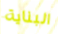
البناية